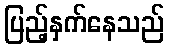
ပြည့်နှက်နေသည်